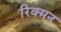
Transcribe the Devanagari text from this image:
रिक्मन